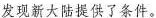
发现新大陆提供了条件。